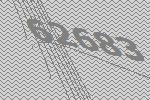
62683